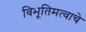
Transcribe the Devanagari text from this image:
विभूतिमत्वाचे